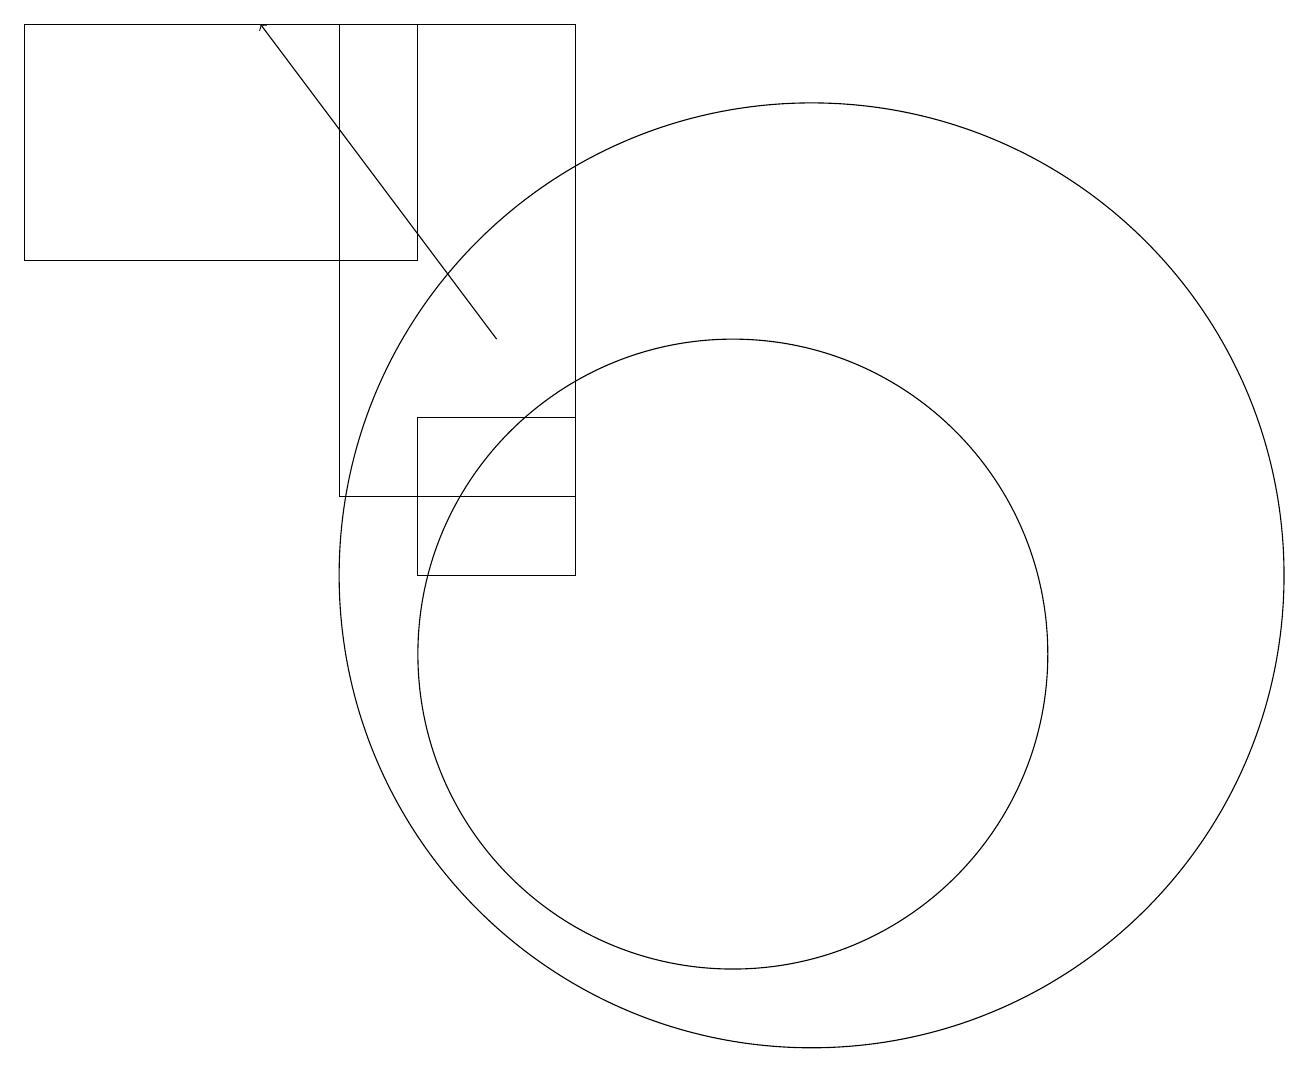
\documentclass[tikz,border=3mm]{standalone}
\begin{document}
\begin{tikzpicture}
\draw (1,18) rectangle (6,15);
\draw (5,12) rectangle (8,18);
\draw[->] (7,14) -- (4,18);
\draw (10,10) circle (4);
\draw (11,11) circle (6);
\draw (8,13) rectangle (6,11);
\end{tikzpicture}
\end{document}